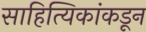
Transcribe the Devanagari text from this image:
साहित्यिकांकडून